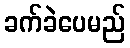
ခက်ခဲပေမည်